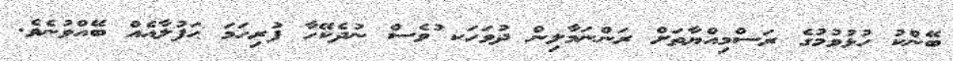
ބޭންކު ހުޅުވުމުގެ ރަސްމިއްޔާތަށް ރަންނަމާލިން ދުވަހަކ ުވެސް ނުދެކޭހާ ފުރިހަމަ ޙަފުލާއެއް ބޭއްވުނެވެ.